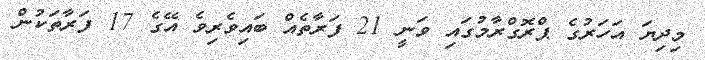
މިދިޔަ އަހަރުގެ ޕްރޮގްރާމުގައި ވަނީ 21 ފަރާތެއް ބައިވެރިވެ އޭގެ 17 ފަރާތަކުން